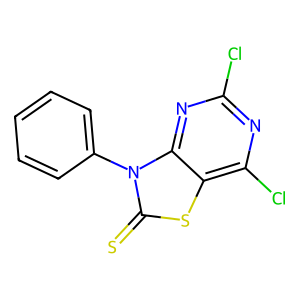
SMILES: S=c1sc2c(Cl)nc(Cl)nc2n1-c1ccccc1
Inhibits HIV replication: No